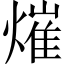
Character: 熣